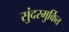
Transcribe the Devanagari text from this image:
सुंदरमुर्कित्त